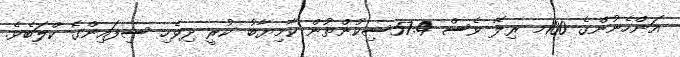
އަންހެނުންގެ 100މ ރިލޭ ވެސް 57.4ސިކުންތުން ކާމިޔާބު ކުރީ ދިވެހި ސިފައިންގެ ކްލަބެވެ.